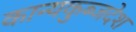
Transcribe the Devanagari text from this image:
कान्यकुब्जदेश